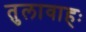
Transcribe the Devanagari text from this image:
तुलावाहः